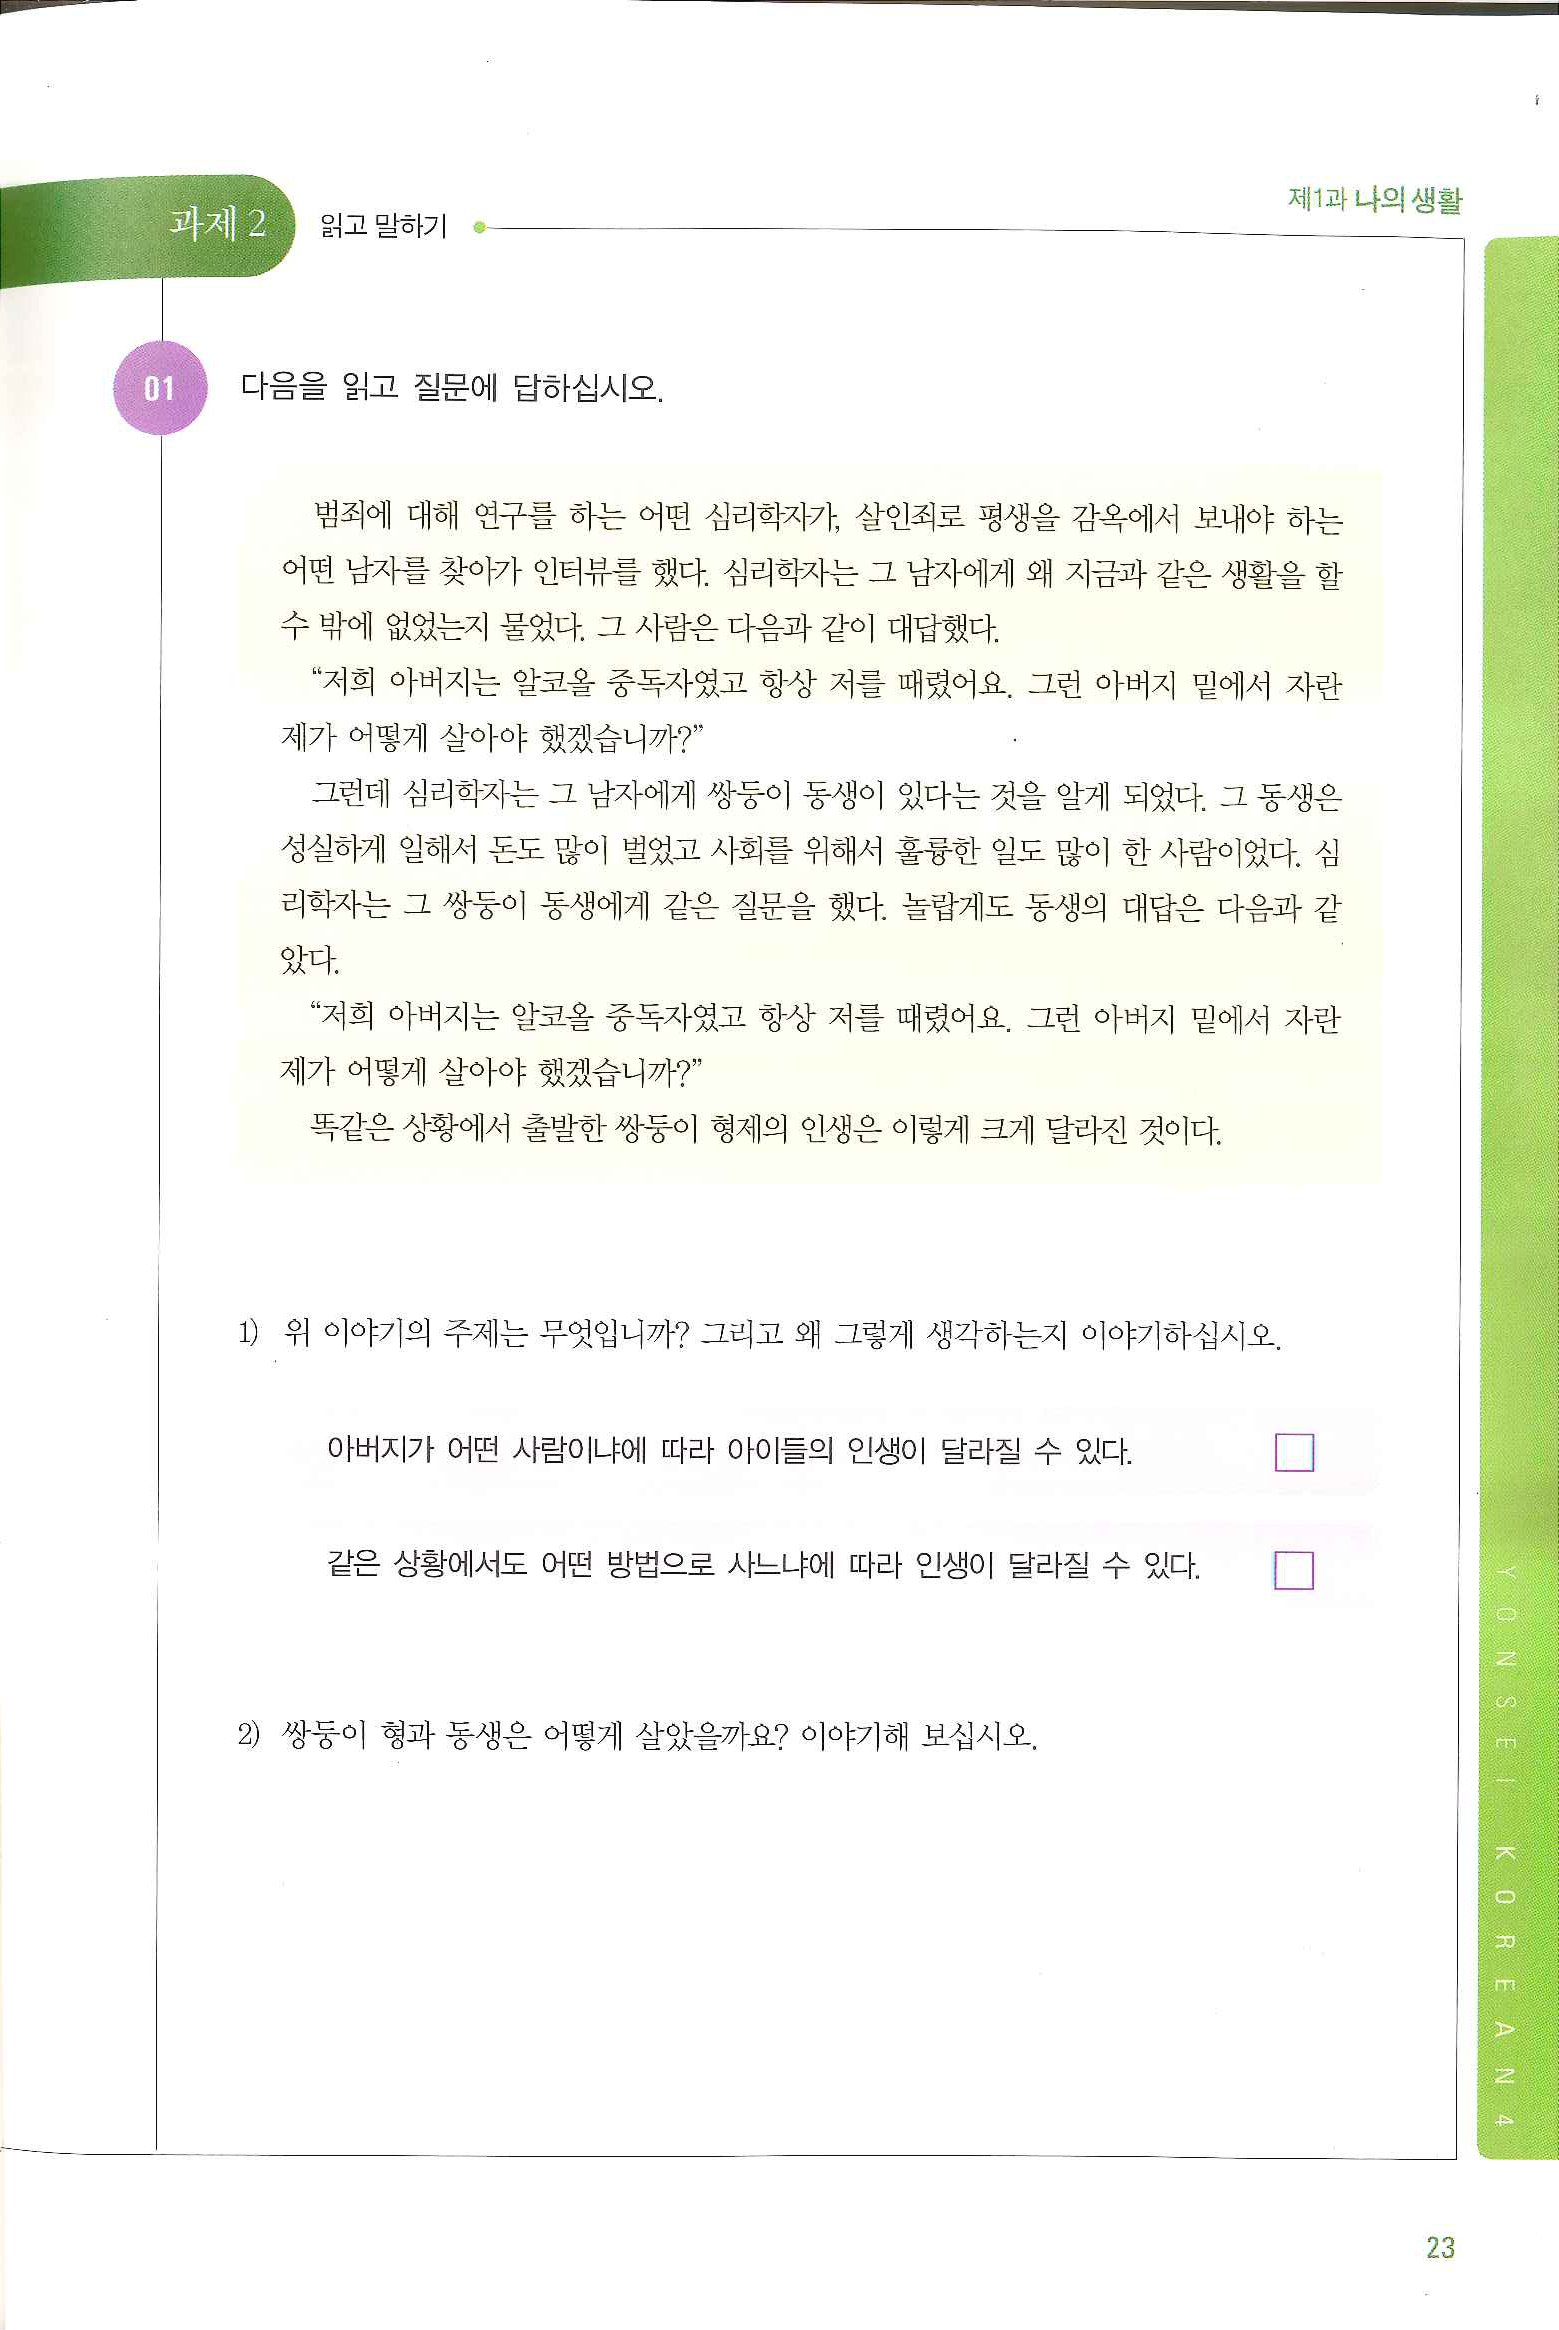
Language: ko